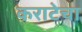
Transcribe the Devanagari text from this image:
कराटेचा